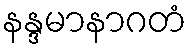
နန္ဒမာနာဂတံ